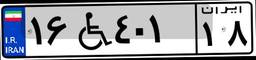
۱۰W۰۵۶۸۵